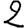
Digit: 2